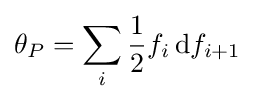
\theta _{P}=\sum _{i}{\frac {1}{2}}f_{i}\,\mathrm {d} f_{i+1}